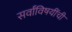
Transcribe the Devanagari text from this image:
सर्वांविषयींची